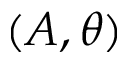
( A , \theta )